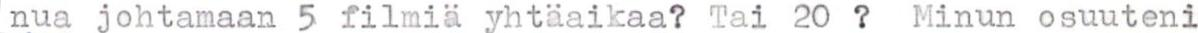
nua johtamaan 5 filmiä yhtäaikaa? Tai 20 ? Minun osuuteni